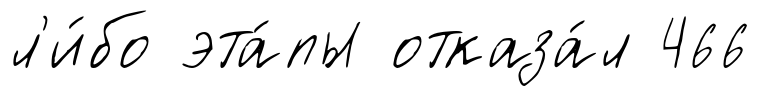
л'и́бо эта́пы отказа́л 466